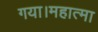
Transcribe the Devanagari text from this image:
गया।महात्मा